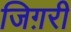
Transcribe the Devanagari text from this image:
जिग़री